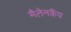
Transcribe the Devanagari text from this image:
मैलेनकैंप